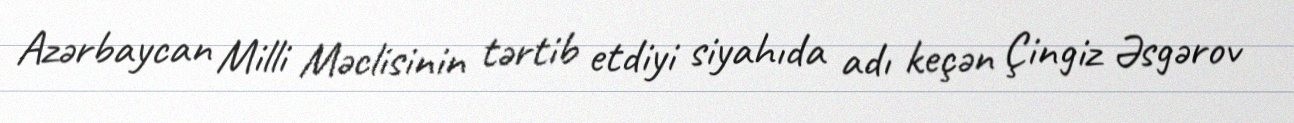
Azərbaycan Milli Məclisinin tərtib etdiyi siyahıda adı keçən Çingiz Əsgərov